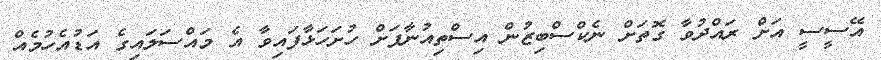
އޭސީސީ އަށް ރައްދުވާ ގޮތަށް ނެކްސްބިޒުން އިސްތިއުނާފަށް ހުށަހަޅާފައިވާ އެ މައްސަލައިގެ އަޑުއެހުމެއް